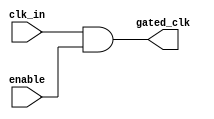
module clock_gating_cell (
    input wire clk_in,       // Global clock input
    input wire enable,       // Enable signal
    output wire gated_clk    // Gated clock output
);

    // Use an AND gate to control the clock signal based on the enable signal
    assign gated_clk = clk_in & enable;

endmodule